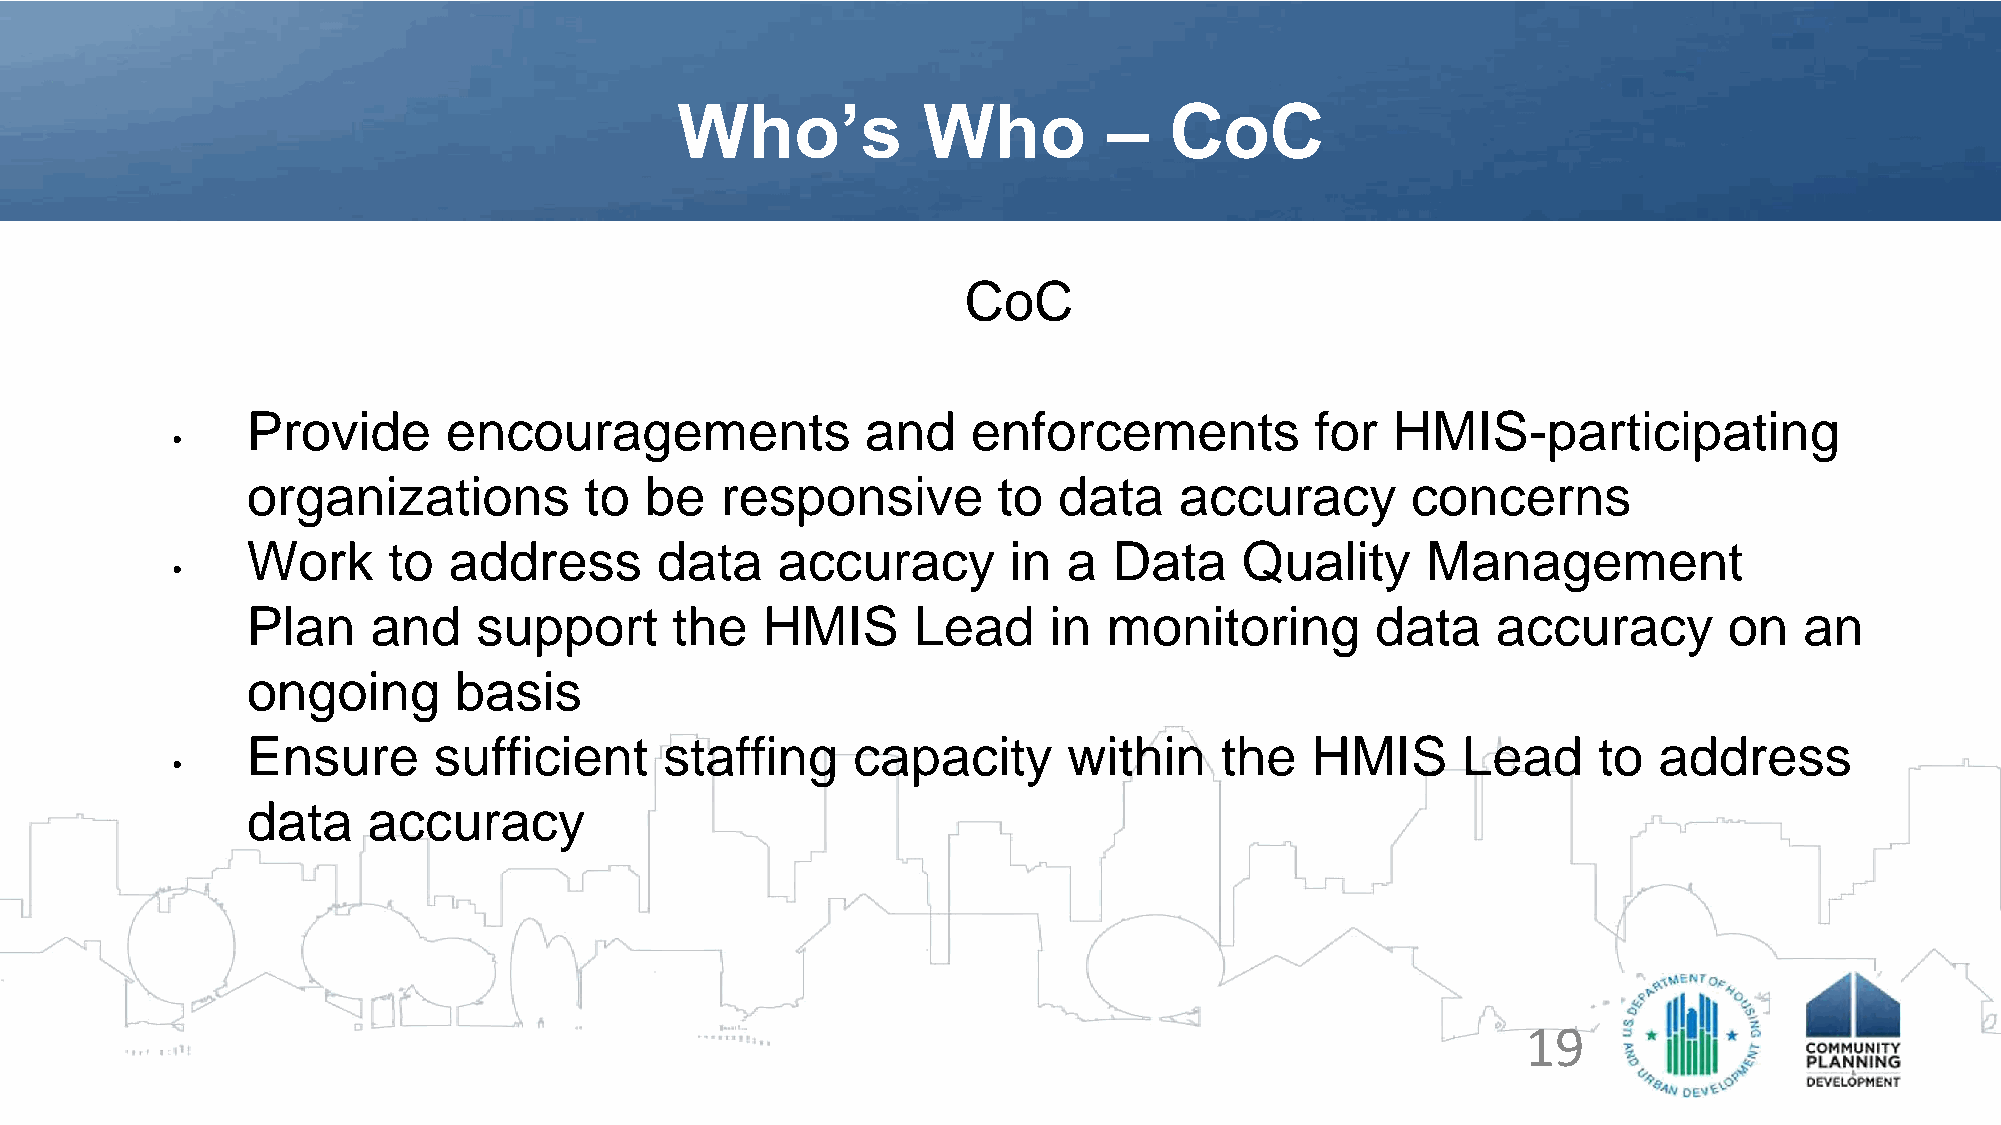
Who’s           Who         –   CoC
 CoC
 Provide       encouragements             and    enforcements           for  HMIS-participating
 •
 organizations          to  be   responsive        to  data    accuracy       concerns
 Work      to  address      data    accuracy        in  a  Data    Quality     Management
 •
 Plan     and    support     the   HMIS      Lead     in  monitoring        data    accuracy       on   an
 ongoing       basis
 Ensure       sufficient     staffing    capacity       within    the   HMIS      Lead     to  address
 •
 data    accuracy
 19